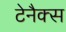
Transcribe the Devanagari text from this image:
टेनैक्स